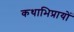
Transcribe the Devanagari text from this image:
कथाभिप्रायों